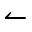
\leftharpoonup